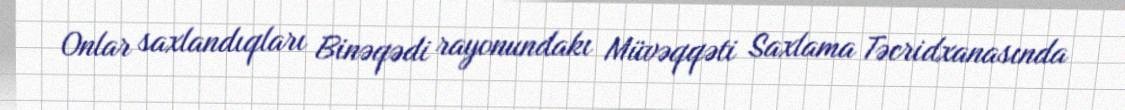
Onlar saxlandıqları Binəqədi rayonundakı Müvəqqəti Saxlama Təcridxanasında